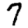
Digit: 7